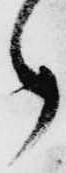
ら